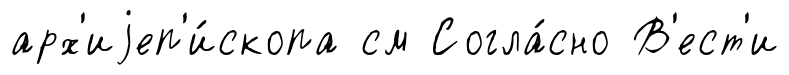
арх'иjеп'и́скопа см Согла́сно В'ест'и